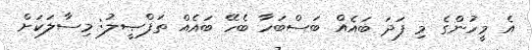
އެ މީހުންގެ މި ފަދަ ބައެއް ބަސްބަހާ ބެހޭ ބައެއް ތަފްޞީލު: މިސާލަކަށް